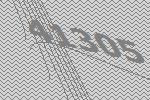
41305